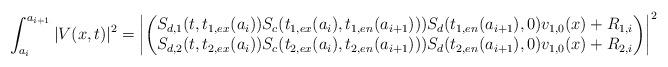
LaTeX: \begin{align*} \int_{a_i}^{a_{i+1}}|V(x,t)|^2=\left|\begin{pmatrix} S_{d,1}(t,t_{1,ex}(a_i))S_c(t_{1,ex}(a_i),t_{1,en}(a_{i+1})))S_d(t_{1,en}(a_{i+1}),0)v_{1,0}(x)+R_{1,i}\\S_{d,2}(t,t_{2,ex}(a_i))S_c(t_{2,ex}(a_i),t_{2,en}(a_{i+1})))S_d(t_{2,en}(a_{i+1}),0)v_{1,0}(x)+R_{2,i}\end{pmatrix}\right|^2\end{align*}